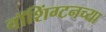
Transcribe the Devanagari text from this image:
वाॅशिंग्टनच्या